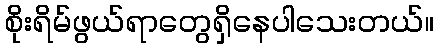
စိုးရိမ်ဖွယ်ရာတွေရှိနေပါသေးတယ်။